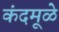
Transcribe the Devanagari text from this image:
कंदमूळे